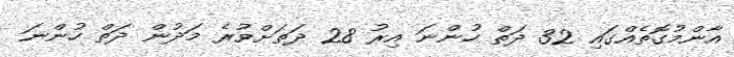
އާންމުގޮތެއްގައި 32 ދަތް ހުންނަ އިރު 28 ދަތަށްވުރެ މަދުން ދަތް ހުންނަ